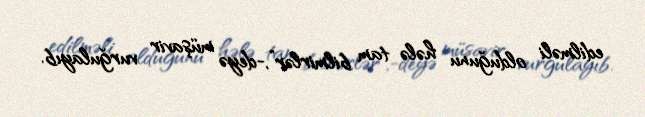
edilməli olduğunu hələ tam bilmirlər”,-deyə müşavir vurğulayıb.